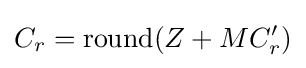
C_{r}={\mbox{round}}(Z+MC_{r}')